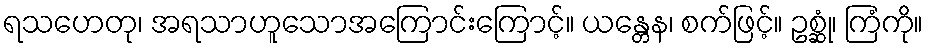
ရသဟေတု၊ အရသာဟူသောအကြောင်းကြောင့်။ ယန္တေန၊ စက်ဖြင့်။ ဥစ္ဆုံ၊ ကြံကို။